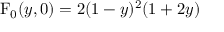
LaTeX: \mathrm { F } _ { 0 } ( y , 0 ) = 2 ( 1 - y ) ^ { 2 } ( 1 + 2 y )